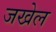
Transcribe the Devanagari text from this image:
जखेल